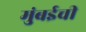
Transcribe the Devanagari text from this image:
मुुंबईची